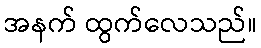
အနက် ထွက်လေသည်။